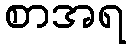
စာအရ